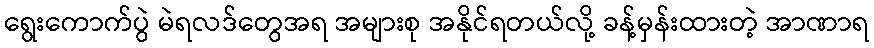
ရွေးကောက်ပွဲ မဲရလဒ်တွေအရ အများစု အနိုင်ရတယ်လို့ ခန့်မှန်းထားတဲ့ အာဏာရ